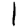
Digit: 1